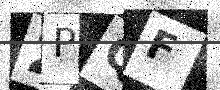
Text: 2PQF